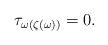
LaTeX: \begin{align*}\tau_{\omega(\zeta(\omega))} = 0.\end{align*}